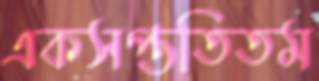
একসপ্ততিতম